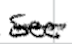
Text: See
Cross-out: single-line
Writing tool: digital_black